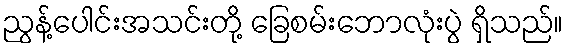
ညွန့်ပေါင်းအသင်းတို့ ခြေစမ်းဘောလုံးပွဲ ရှိသည်။